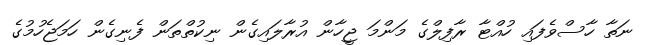
ނަތާ ހާސްވެފައި ހުއްޓާ ރާފިލްގެ މަންމަ ޖީހާން އުރާލައިގެން ނިކުތްތަން ފެނިގެން ހަމަޖެހުމުގެ